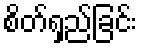
စိတ်ရှည်ခြင်း